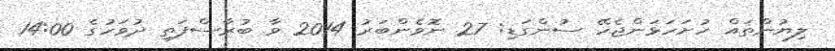
ލިޔުންތައް ހުށަހަޅަންޖެހޭ ސުންގަޑި: 27 ނޮވެންބަރު 2014 ވާ ބުރާސްފަތި ދުވަހުގެ 14:00